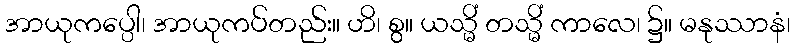
အာယုကပ္ပေါ၊ အာယုကပ်တည်း။ ဟိ၊ စွ။ ယသ္မိံ တသ္မိံ ကာလေ၊ ၌။ မနုဿာနံ၊